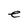
Character: e